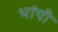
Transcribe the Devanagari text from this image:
भांपी